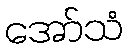
အော်သံ